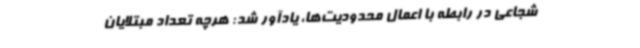
شجاعی در رابطه با اعمال محدودیت‌ها، یادآور شد: هرچه تعداد مبتلایان